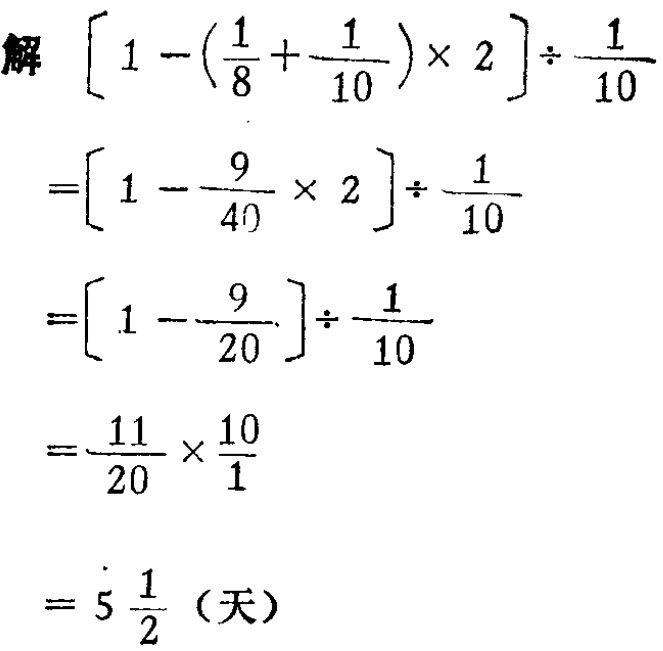
解 \(\left[1 - \left(\frac{1}{8} + \frac{1}{10}\right) \times 2\right] \div \frac{1}{10}\)

\(=\left[1 - \frac{9}{40} \times 2\right] \div \frac{1}{10}\)

\(=\left[1 - \frac{9}{20}\right] \div \frac{1}{10}\)

\(=\frac{11}{20} \times \frac{10}{1}\)

\(= 5\frac{1}{2}\text{（天）}\)